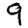
Digit: 9